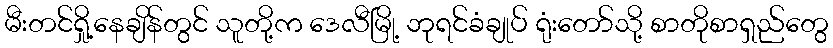
မီးတင်ရှို့နေချိန်တွင် သူတို့က ဒေလီမြို့ ဘုရင်ခံချုပ် ရုံးတော်သို့ စာတိုစာရှည်တွေ